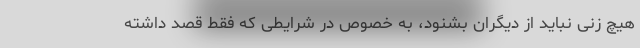
هیچ زنی نباید از دیگران بشنود، به خصوص در شرایطی که فقط قصد داشته